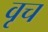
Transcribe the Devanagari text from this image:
वृच